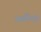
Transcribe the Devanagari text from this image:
आर्मैन्ड़ो